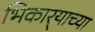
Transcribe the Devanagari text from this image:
भिकार्‍याच्या